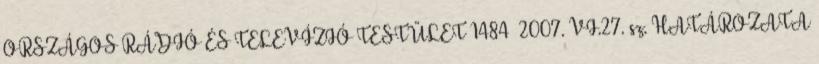
ORSZÁGOS RÁDIÓ ÉS TELEVÍZIÓ TESTÜLET 1484 2007. VI.27. sz. HATÁROZATA